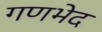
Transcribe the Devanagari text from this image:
गणभेद